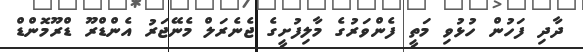
ދާދި ފަހުން ހުޅުވި މަތީ ފެންވަރުގެ މާލިފުށީގެ ޖެނެރަލް މެނޭޖަރު އެންޑްރޫ ޑްރޫމޮންޑް